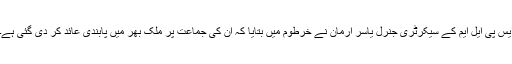
ایس پی ایل ایم کے سیکرٹری جنرل یاسر ارمان نے خرطوم میں بتایا کہ ان کی جماعت پر ملک بھر میں پابندی عائد کر دی گئی ہے۔